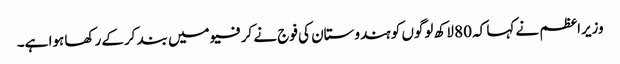
وزیراعظم نے کہا کہ 80 لاکھ لوگوں کو ہندوستان کی فوج نے کرفیو میں بند کرکے رکھا ہوا ہے۔